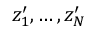
z _ { 1 } ^ { \prime } , \dots , z _ { N } ^ { \prime }